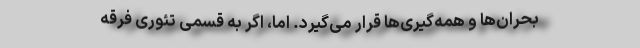
بحران‌ها و همه‌گیری‌ها قرار می‌گیرد. اما، اگر به قِسمی تئوری فرقه